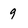
Character: 9